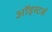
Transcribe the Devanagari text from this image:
ऑइस्टर्स